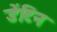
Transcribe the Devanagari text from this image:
डेंटिन